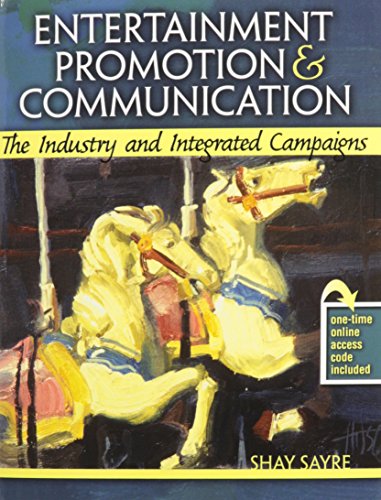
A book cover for Entertainment Promotion AND Communication: The Industry and Integrated Campaigns; SAYRE  SHAY; Law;